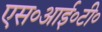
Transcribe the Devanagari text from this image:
एस०आई०टी०